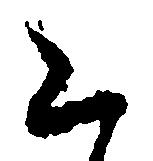
く